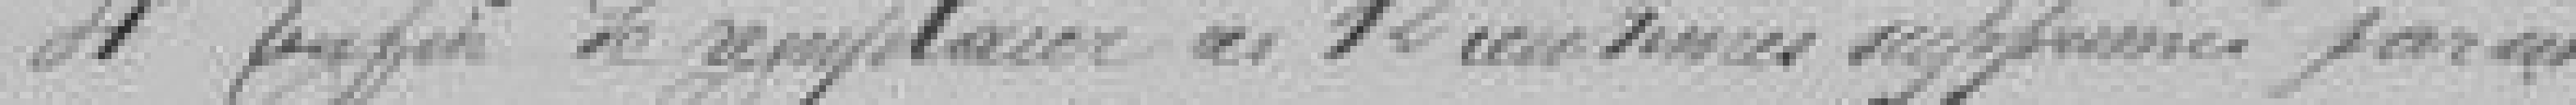
4ème Enfin de remplacer ses  12 centimes supprimés par un